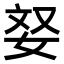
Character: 𫰥